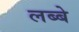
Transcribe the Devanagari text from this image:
लब्बे